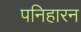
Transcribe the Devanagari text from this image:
पनिहारन